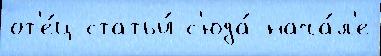
от'е́ц статьи́ с'юда́ нача́л'е